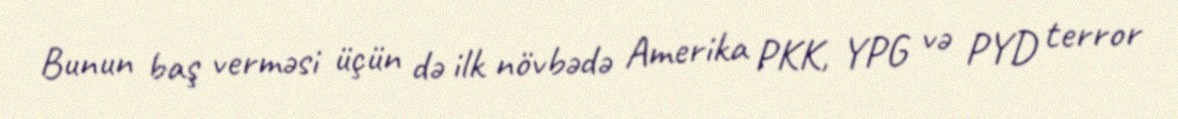
Bunun baş verməsi üçün də ilk növbədə Amerika PKK, YPG və PYD terror